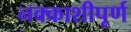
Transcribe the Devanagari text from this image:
नक्काशीपूर्ण